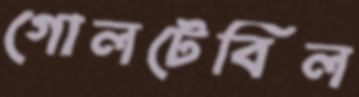
গোলটেবিল